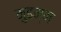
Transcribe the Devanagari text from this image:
मुहम्म